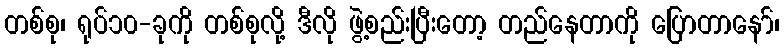
တစ်စု၊ ရုပ်၁၀-ခုကို တစ်စုလို့ ဒီလို ဖွဲ့စည်းပြီးတော့ တည်နေတာကို ပြောတာနော်၊